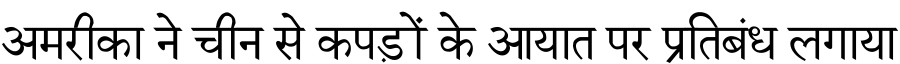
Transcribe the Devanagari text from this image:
अमरीका ने चीन से कपड़ों के आयात पर प्रतिबंध लगाया